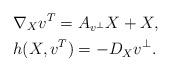
LaTeX: \begin{align*} & \nabla_X v^T=A_{v^\perp}X+X,\\& h(X,v^T)=-D_X v^\perp.\end{align*}